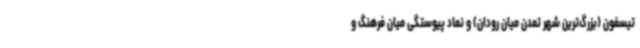
تیسفون (بزرگ‌ترین شهر تمدن میان رودان) و نماد پیوستگی میان فرهنگ و